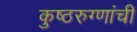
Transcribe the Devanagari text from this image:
कुष्ठरुग्णांची